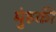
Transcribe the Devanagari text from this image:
मुंहकी